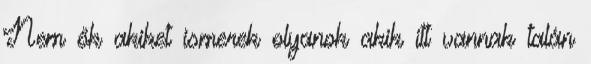
Nem ők akiket ismerek olyanok akik itt vannak talán